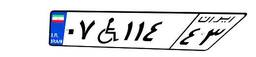
۵۱W۳۶۶۱۲